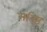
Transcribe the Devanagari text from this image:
मतिष्ठ